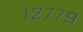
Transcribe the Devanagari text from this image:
१२७७९